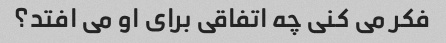
فکر می کنی چه اتفاقی برای او می افتد؟